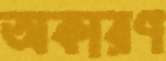
অকারণ